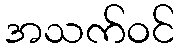
အသက်ဝင်